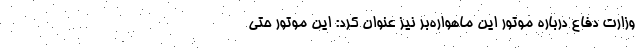
وزارت دفاع درباره موتور این ماهواره‌بر نیز عنوان کرد: این موتور حتی